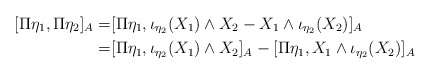
\begin{align*} [\Pi\eta_1,\Pi\eta_2]_{A}=& [\Pi\eta_1, \iota_{\eta_2}(X_1)\wedge X_2- X_1\wedge \iota_{\eta_2}(X_2)]_{A}\\ =& [\Pi\eta_1, \iota_{\eta_2}(X_1)\wedge X_2]_{A}- [\Pi\eta_1,X_1\wedge \iota_{\eta_2}(X_2)]_{A}\end{align*}